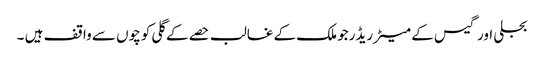
بجلی اور گیس کے میٹر ریڈرجو ملک کے غالب حصے کے گلی کوچوں سے واقف ہیں ۔